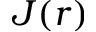
J ( r )